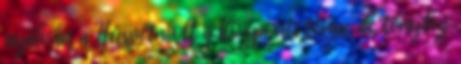
nyilván a Húsvét volt a központi téma, de tényleg